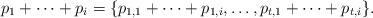
LaTeX: \begin{align*}p_1 + \cdots + p_i = \{p_{1,1} + \cdots + p_{1,i}, \dots, p_{t,1} + \cdots + p_{t,i}\}.\end{align*}